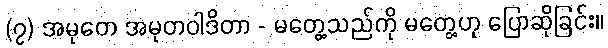
(၇) အမုတေ အမုတဝါဒိတာ - မတွေ့သည်ကို မတွေ့ဟု ပြောဆိုခြင်း။